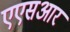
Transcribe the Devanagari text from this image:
एएसआर